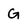
Character: G